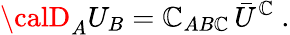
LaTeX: {\calD}_{A}U_{B}=\mathbb{C}_{AB\mathbb{C}}\, \bar{{U}}^{\mathbb{C}}\ .